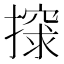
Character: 𰔨